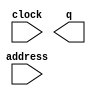
module worldOneClear (
	address,
	clock,
	q);

	input	[16:0]  address;
	input	  clock;
	output	[2:0]  q;
`ifndef ALTERA_RESERVED_QIS
// synopsys translate_off
`endif
	tri1	  clock;
`ifndef ALTERA_RESERVED_QIS
// synopsys translate_on
`endif

endmodule